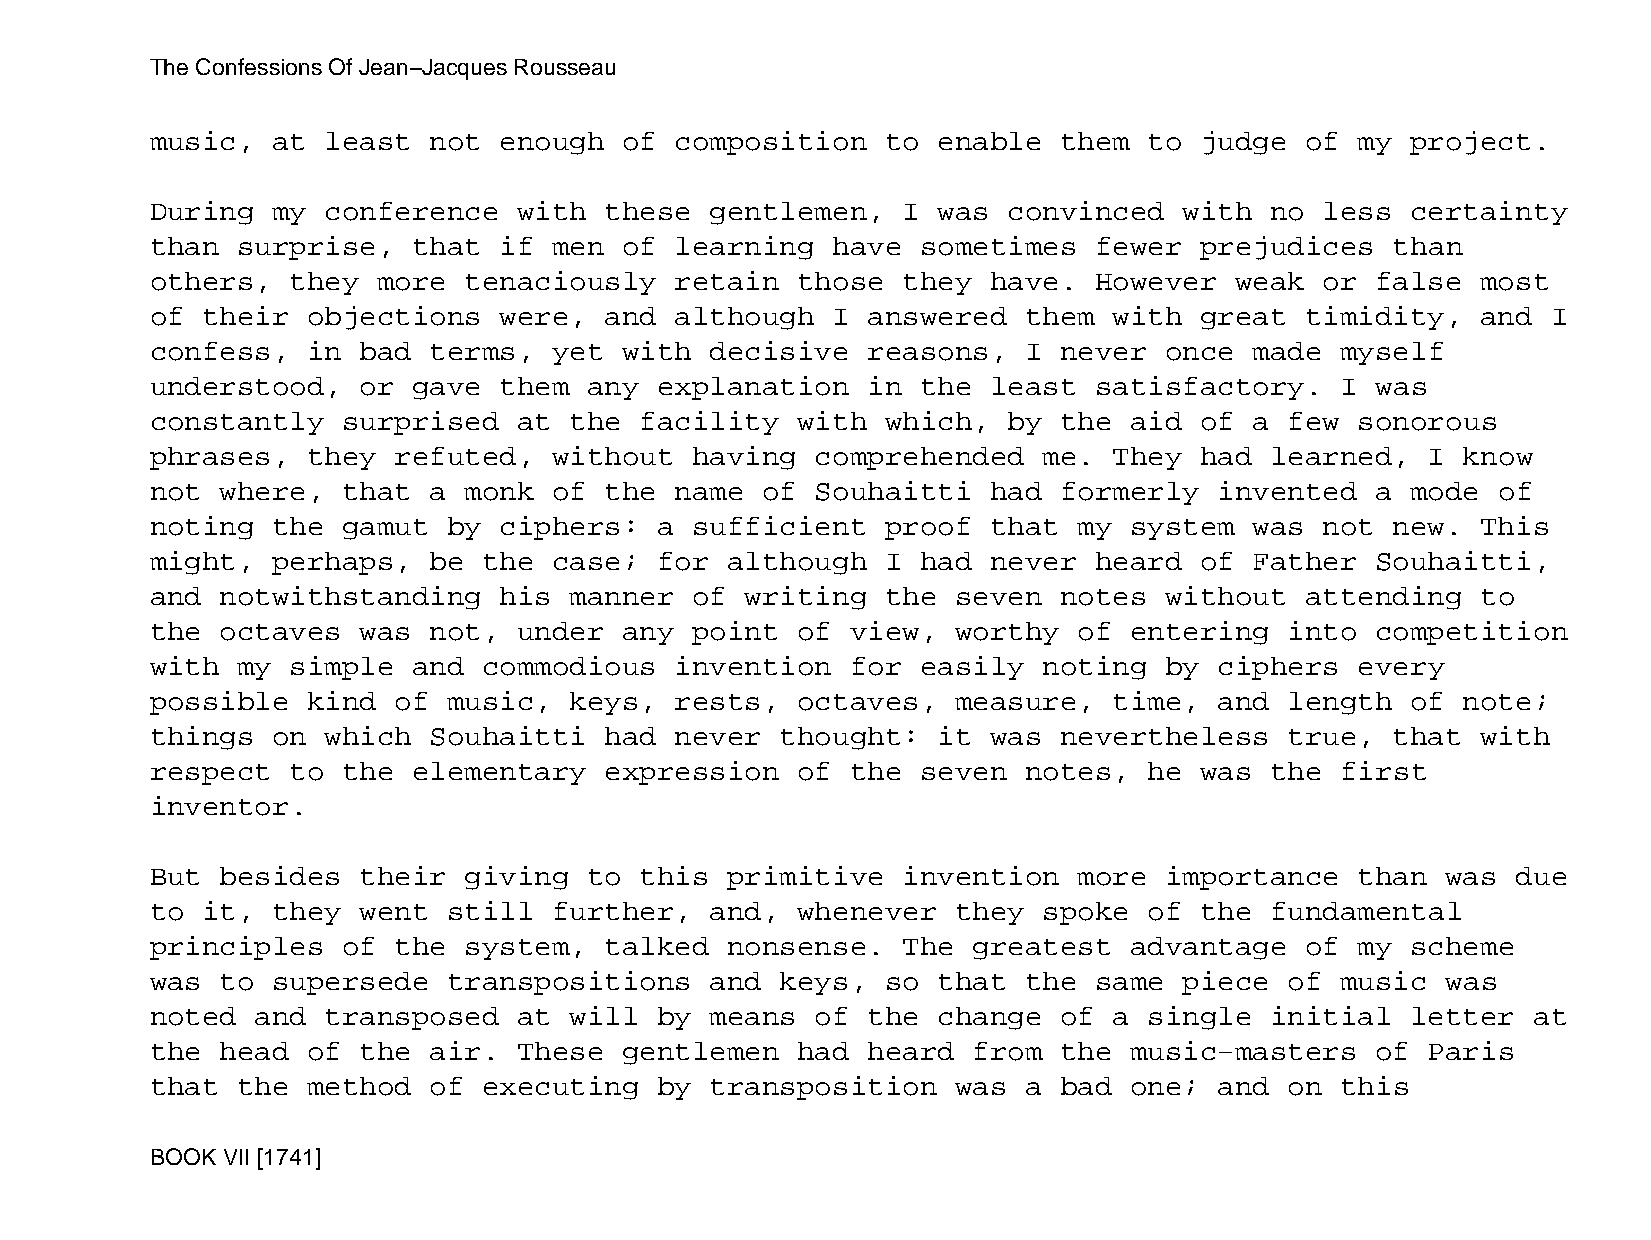
The Confessions Of Jean−Jacques Rousseau
 music,  at  least not  enough  of  composition   to enable  them  to judge  of  my project.
 During  my  conference  with  these  gentlemen,   I was  convinced  with  no  less certainty
 than  surprise,  that  if  men of  learning  have  sometimes  fewer  prejudices   than
 others,  they  more  tenaciously   retain  those  they  have. However   weak  or false  most
 of their  objections   were,  and  although  I answered   them  with great  timidity,   and  I
 confess,  in  bad terms,   yet with  decisive  reasons,   I never  once  made  myself
 understood,   or gave  them  any  explanation  in  the  least satisfactory.    I was
 constantly   surprised  at  the facility   with  which,  by the  aid of  a few  sonorous
 phrases,  they  refuted,   without  having  comprehended   me.  They had  learned,   I know
 not  where,  that a  monk  of the  name of  Souhaitti   had formerly   invented  a mode  of
 noting  the  gamut  by ciphers:   a sufficient   proof  that my  system  was  not new.  This
 might,  perhaps,  be  the  case;  for although   I had  never heard  of  Father  Souhaitti,
 and  notwithstanding   his  manner  of writing   the seven  notes  without  attending   to
 the  octaves  was not,  under  any  point  of view,  worthy  of  entering  into  competition
 with  my simple  and  commodious   invention  for  easily  noting  by  ciphers  every
 possible  kind  of  music,  keys,  rests,  octaves,  measure,   time,  and length  of  note;
 things  on  which Souhaitti   had  never  thought:  it  was nevertheless   true,  that  with
 respect  to  the elementary   expression   of the  seven  notes,  he was  the  first
 inventor.
 But  besides  their  giving  to this  primitive   invention  more  importance   than  was due
 to it,  they  went  still  further,  and,  whenever  they  spoke  of the  fundamental
 principles   of the  system,  talked  nonsense.   The greatest   advantage  of  my scheme
 was  to supersede   transpositions   and  keys,  so that  the same  piece  of  music  was
 noted  and  transposed  at  will  by means  of the  change  of  a single  initial  letter  at
 the  head of  the air.  These  gentlemen   had heard  from  the  music−masters   of  Paris
 that  the method  of  executing   by transposition   was  a bad  one;  and on  this
 BOOK VII [1741]